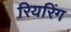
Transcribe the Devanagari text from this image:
रियरिंग